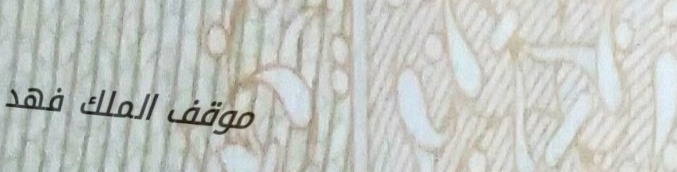
موقف الملك فهد